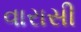
વારાસી